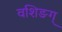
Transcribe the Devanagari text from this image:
वशिङग्